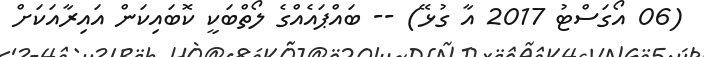
(06 އޯގަސްޓު 2017 އާ ގުޅޭ) -- ބައްޕައެއްގެ ލޯތްބަކީ ކޮބައިކަން އައިރާއަކަށް